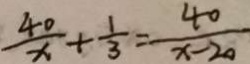
\frac { 4 0 } { x } + \frac { 1 } { 3 } = \frac { 4 0 } { x - 2 0 }